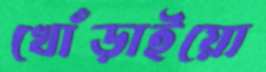
খোঁড়াইয়ো